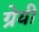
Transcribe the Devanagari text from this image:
ग्रेयी